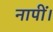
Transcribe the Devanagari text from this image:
नापीं।